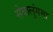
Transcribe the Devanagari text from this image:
सेवालुंगमा